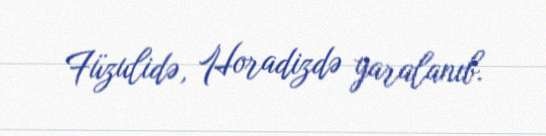
Füzulidə, Horadizdə yaralanıb.